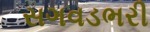
સગવડભરી